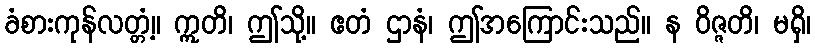
ခံစားကုန်လတ္တံ့။ ဣတိ၊ ဤသို့။ ဧတံ ဌာနံ၊ ဤအကြောင်းသည်။ န ဝိဇ္ဇတိ၊ မရှိ၊